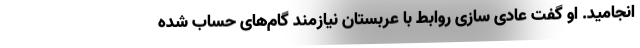
انجامید. او گفت عادی سازی روابط با عربستان نیازمند گام‌های حساب شده